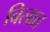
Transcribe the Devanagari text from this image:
बिलात